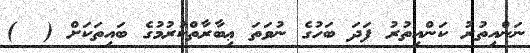
ނަންއިތުރު ކަންއިތުރު ފަދަ ބަހުގެ ނުވަތަ ޢިބާރާތްކުރުމުގެ ބައިތަކަށް (  )